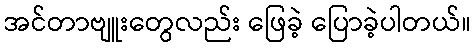
အင်တာဗျူးတွေလည်း ဖြေခဲ့ ပြောခဲ့ပါတယ်။